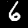
Digit: 6